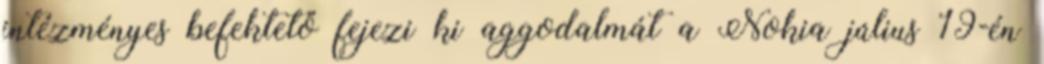
intézményes befektető fejezi ki aggodalmát a Nokia július 19-én